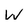
Character: W